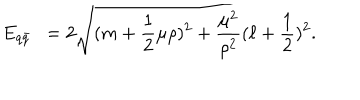
E _ { q \bar { q } } ~ ~ = 2 \sqrt { ( m + \frac { 1 } { 2 } \mu \rho ) ^ { 2 } + \frac { \mu ^ { 2 } } { \rho ^ { 2 } } ( \ell + \frac { 1 } { 2 } ) ^ { 2 } } .